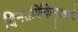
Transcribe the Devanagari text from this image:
दिनदर्शिकेनुसारचे